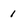
Character: 1